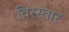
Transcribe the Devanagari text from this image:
विस्स्तार